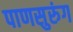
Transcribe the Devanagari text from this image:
पाणसुरुंग